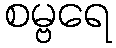
စမ္ဗရေ